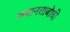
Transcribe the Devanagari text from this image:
समानताबोधी